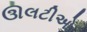
ઊલટીઓ